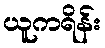
ယူကရိန်း